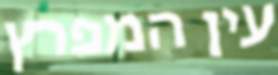
עין המפרץ